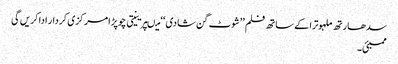
سدھارتھ ملہوترا کے ساتھ فلم ’’شوٹ گن شادی ‘‘ میںپرینیتی چوپڑا مرکزی کردار ادا کریں گی
ممبئی۔